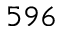
5 9 6